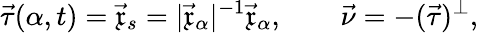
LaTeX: \vec{\tau}(\alpha,t)=\vec{\mathfrak{x}}_{s}=|\vec{\mathfrak{x}}_{\alpha}|^{-1}\vec{\mathfrak{x}}_{\alpha},\qquad\vec{\nu}=-(\vec{\tau})^{\perp},